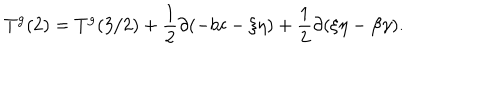
T ^ { \mathrm { g } } ( 2 ) = T ^ { \mathrm { g } } ( 3 / 2 ) + \frac { 1 } { 2 } \partial ( - b c - \xi \eta ) + \frac { 1 } { 2 } \partial ( \xi \eta - \beta \gamma ) .